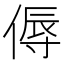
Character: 傉